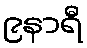
၉နာရီ